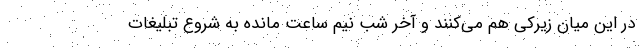
در این میان زیرکی هم می‌کنند و آخر شب نیم ساعت مانده به شروع تبلیغات